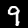
Digit: 9